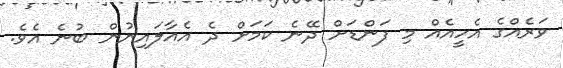
ވަރެއްގެ އެހީއެއް މި ފަންޑަށް ދޭނެ ކަމަށް ދެ އެއާލައިނުން ބުނެ އެވެ.